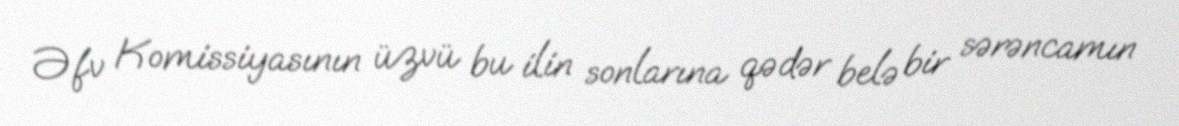
Əfv Komissiyasının üzvü bu ilin sonlarına qədər belə bir sərəncamın